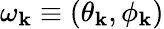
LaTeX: \omega_{\mathbf{k}}\equiv(\theta_{\mathbf{k}},\phi_{\mathbf{k}})